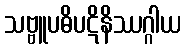
သဗ္ဗူပဓိပဋိနိဿဂ္ဂါယ